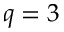
q = 3